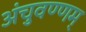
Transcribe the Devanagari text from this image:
अंचुवण्णम्